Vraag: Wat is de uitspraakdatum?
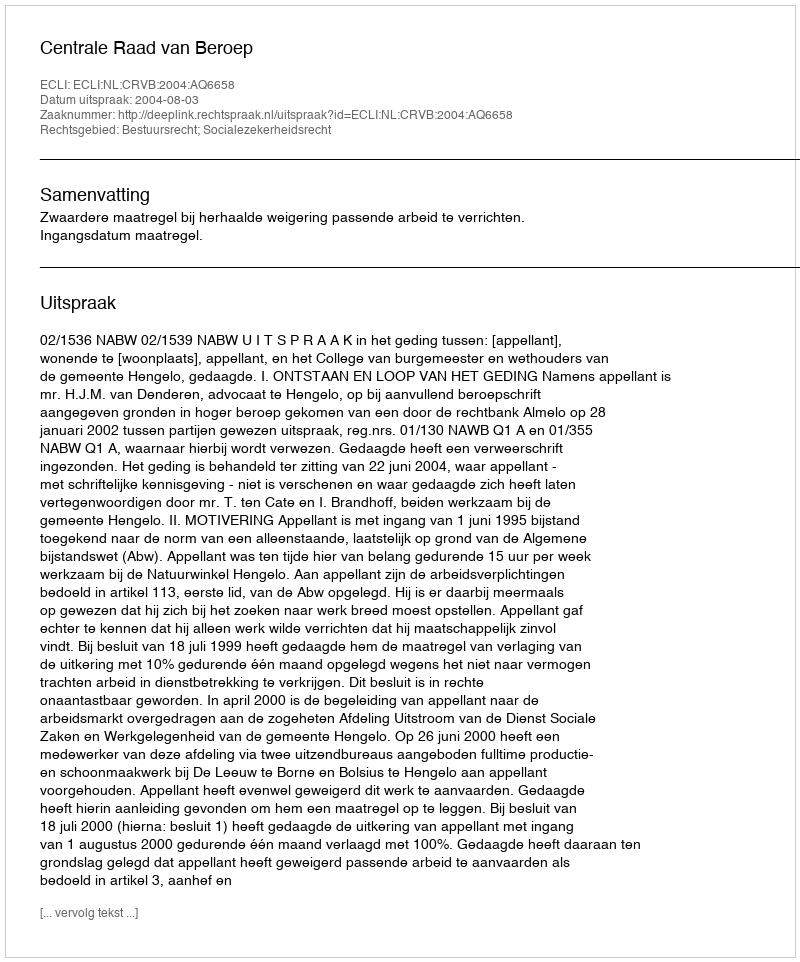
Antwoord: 2004-08-03